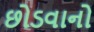
છોડવાનો